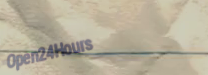
Open24Hours